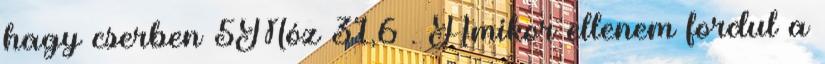
hagy cserben 5Móz 31,6 . Amikor ellenem fordul a